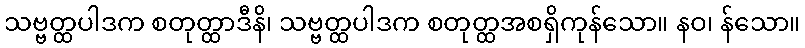
သဗ္ဗတ္ထပါဒက စတုတ္ထာဒီနိ၊ သဗ္ဗတ္ထပါဒက စတုတ္ထအစရှိကုန်သော။ နဝ၊ န်သော။